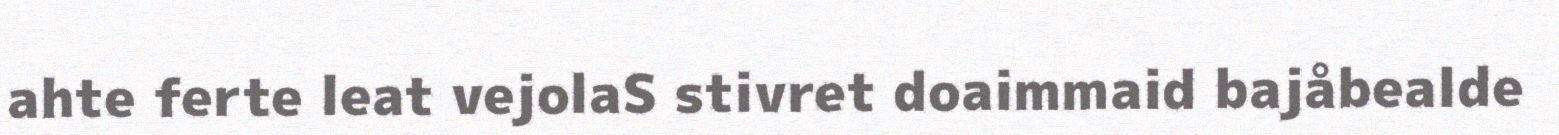
ahte ferte leat vejolaS stivret doaimmaid bajåbealde